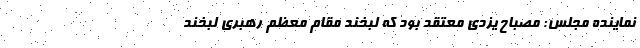
نماینده مجلس: مصباح یزدی معتقد بود که لبخند مقام معظم رهبری لبخند